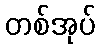
တစ်အုပ်